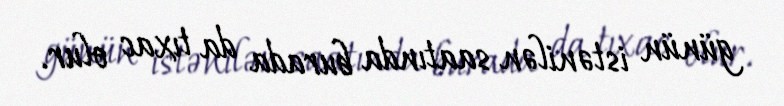
günün istənilən saatında burada da tıxac olur.